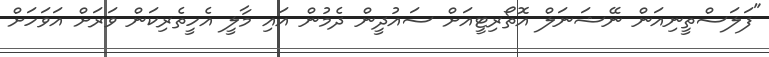
"ފަލަސްތީނިއަން ނޭޝަނަލް އޮތޯރިޓީއަށް ސައުދީން ދެމުން އައި މާލީ އެހީތެރިކަން ވަރަށް އަވަހަށް